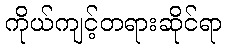
ကိုယ်ကျင့်တရားဆိုင်ရာ